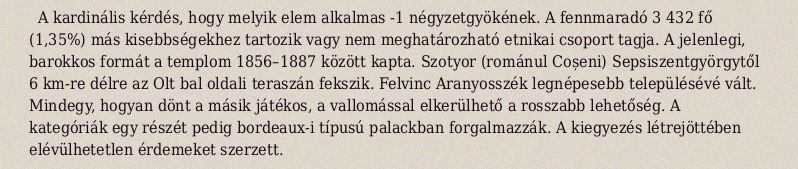
A kardinális kérdés, hogy melyik elem alkalmas -1 négyzetgyökének. A fennmaradó 3 432 fő (1,35%) más kisebbségekhez tartozik vagy nem meghatározható etnikai csoport tagja. A jelenlegi, barokkos formát a templom 1856–1887 között kapta. Szotyor (románul Coșeni) Sepsiszentgyörgytől 6 km-re délre az Olt bal oldali teraszán fekszik. Felvinc Aranyosszék legnépesebb településévé vált. Mindegy, hogyan dönt a másik játékos, a vallomással elkerülhető a rosszabb lehetőség. A kategóriák egy részét pedig bordeaux-i típusú palackban forgalmazzák. A kiegyezés létrejöttében elévülhetetlen érdemeket szerzett.